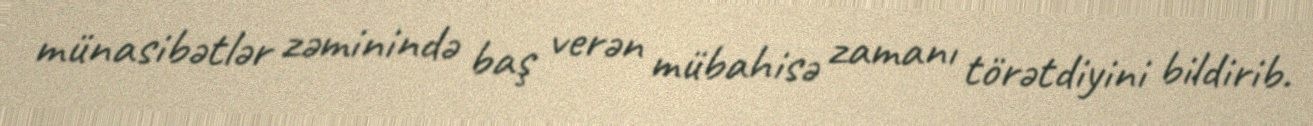
münasibətlər zəminində baş verən mübahisə zamanı törətdiyini bildirib.